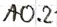
Text: A0.2